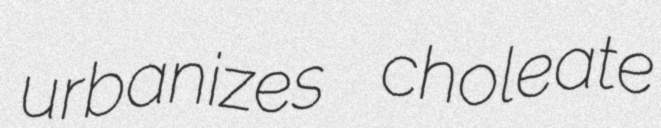
urbanizes choleate